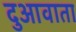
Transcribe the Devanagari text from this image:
दुआवाता